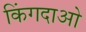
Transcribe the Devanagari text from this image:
किंगदाओ